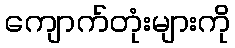
ကျောက်တုံးများကို